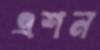
এশন